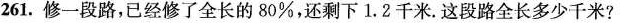
261.修一段路，已经修了全长的80%，还剩下1.2千米.这段路全长多少千米?